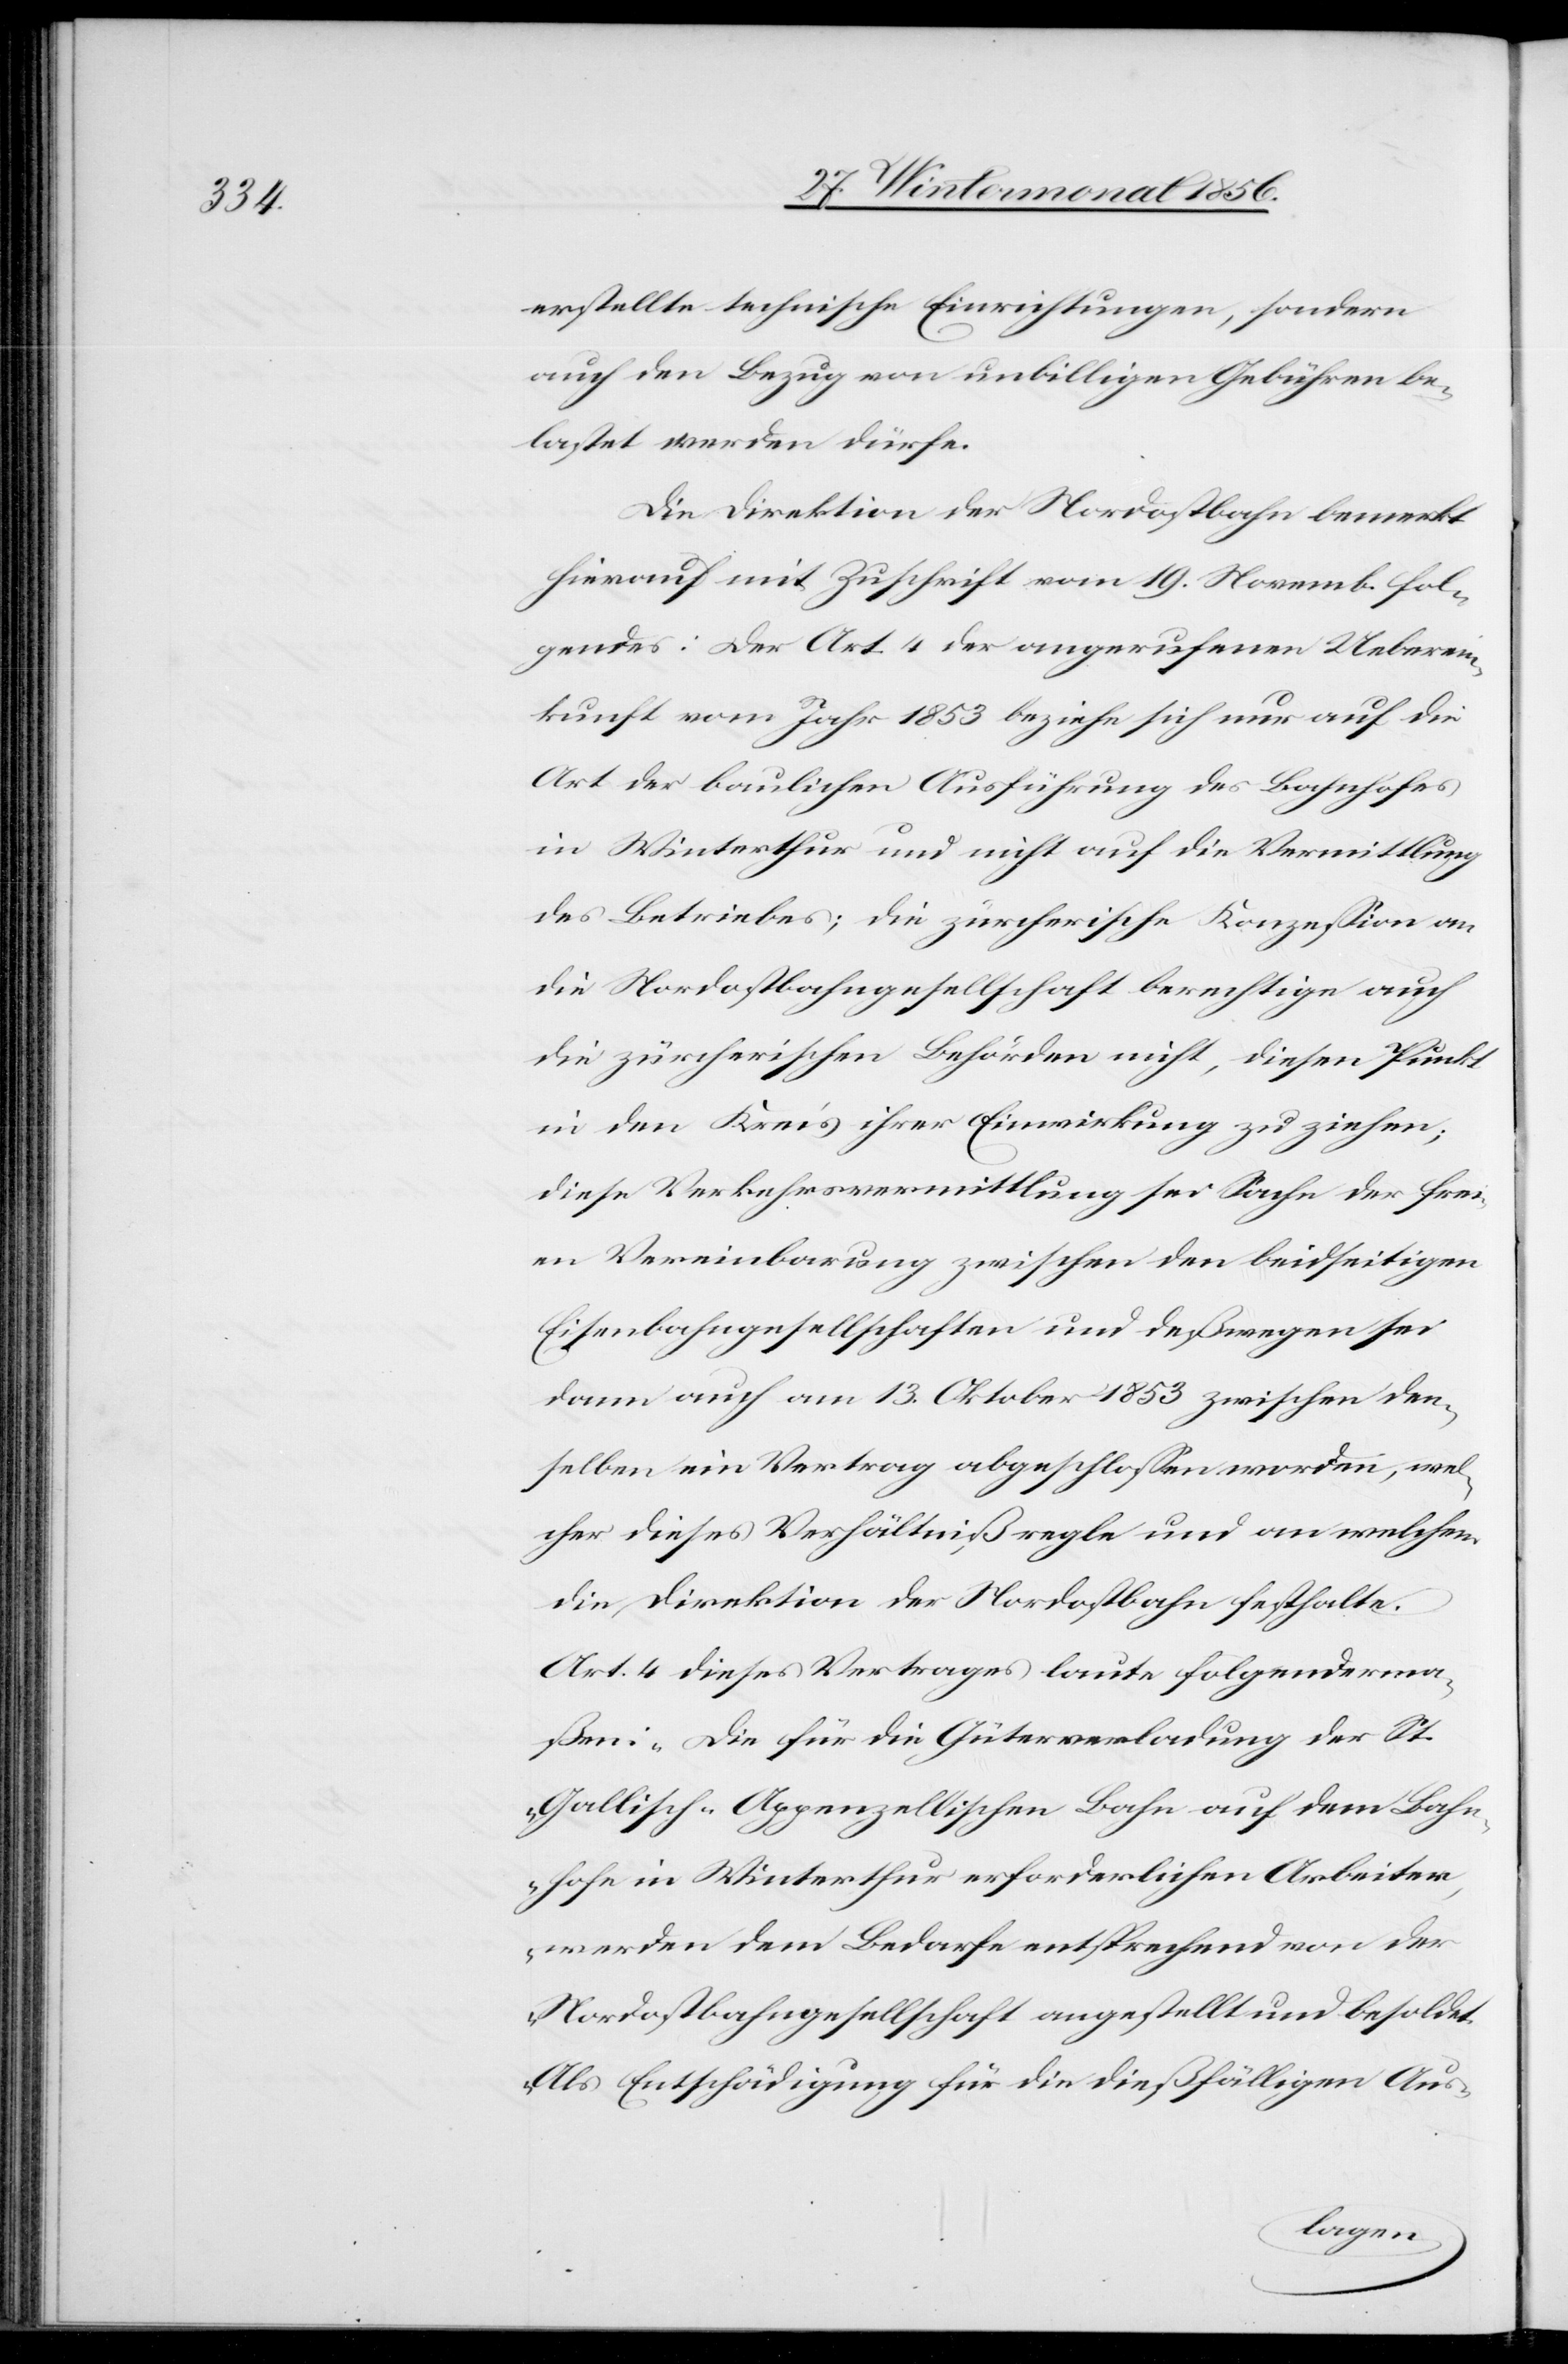
erstellte technische Einrichtungen, sondern
auch den Bezug von unbilligen Gebühren be¬
lastet werden dürfe.
Die Direktion der Nordostbahn bemerkt
hierauf mit Zuschrift vom 19. Novemb. fol¬
gendes: Der Art. 4 der angerufenen Ueberein¬
kunft vom Jahr 1853 beziehe sich nur auf die
Art der baulichen Ausführung des Bahnhofes
in Winterthur und nicht auf die Vermittlung
des Betriebes; die zürcherische Konzession an
die Nordostbahngesellschaft berechtige auch
die zürcherischen Behörden nicht, diesen Punkt
in den Kreis ihrer Einwirkung zu ziehen;
diese Verkehrsvermittlung sei Sache der frei¬
en Vereinbarung zwischen den beidseitigen
Eisenbahngesellschaften und deßwegen sei
dann auch am 13. Oktober 1853 zwischen den¬
selben eine Vertrag abgeschlossen worden, wel¬
cher dieses Verhältniß regle und an welchem
die Direktion der Nordostbahn festhalte.
Art. 4 dieses Vertrages laute folgenderma¬
ßen: „Die für die Güterverladung der St.
Gallisch-Appenzellischen Bahn auf dem Bahn¬
hofe in Winterthur erforderlichen Arbeiten,
werden dem Bedarfe entsprechend von der
Nordostbahngesellschaft angestellt und besoldet.
Als Entschädigung für die dießfälligen Aus-